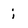
Character: i